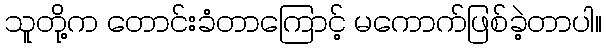
သူတို့က တောင်းခံတာကြောင့် မကောက်ဖြစ်ခဲ့တာပါ။